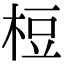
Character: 梪